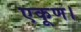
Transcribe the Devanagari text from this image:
एकूण।